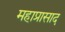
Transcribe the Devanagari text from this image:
महाप्रासाद